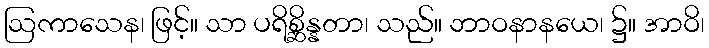
ဩကာသေန၊ ဖြင့်။ သာ ပရိစ္ဆိန္နတာ၊ သည်။ ဘာဝနာနယေ၊ ၌။ အာဝိ၊